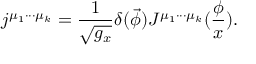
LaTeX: j ^ { \mu _ { 1 } \cdot \cdot \cdot \mu _ { k } } = \frac 1 { \sqrt { g _ { x } } } \delta ( \vec { \phi } ) J ^ { \mu _ { 1 } \cdot \cdot \cdot \mu _ { k } } ( \frac \phi x ) .